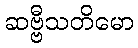
ဆဗ္ဗီသတိမော